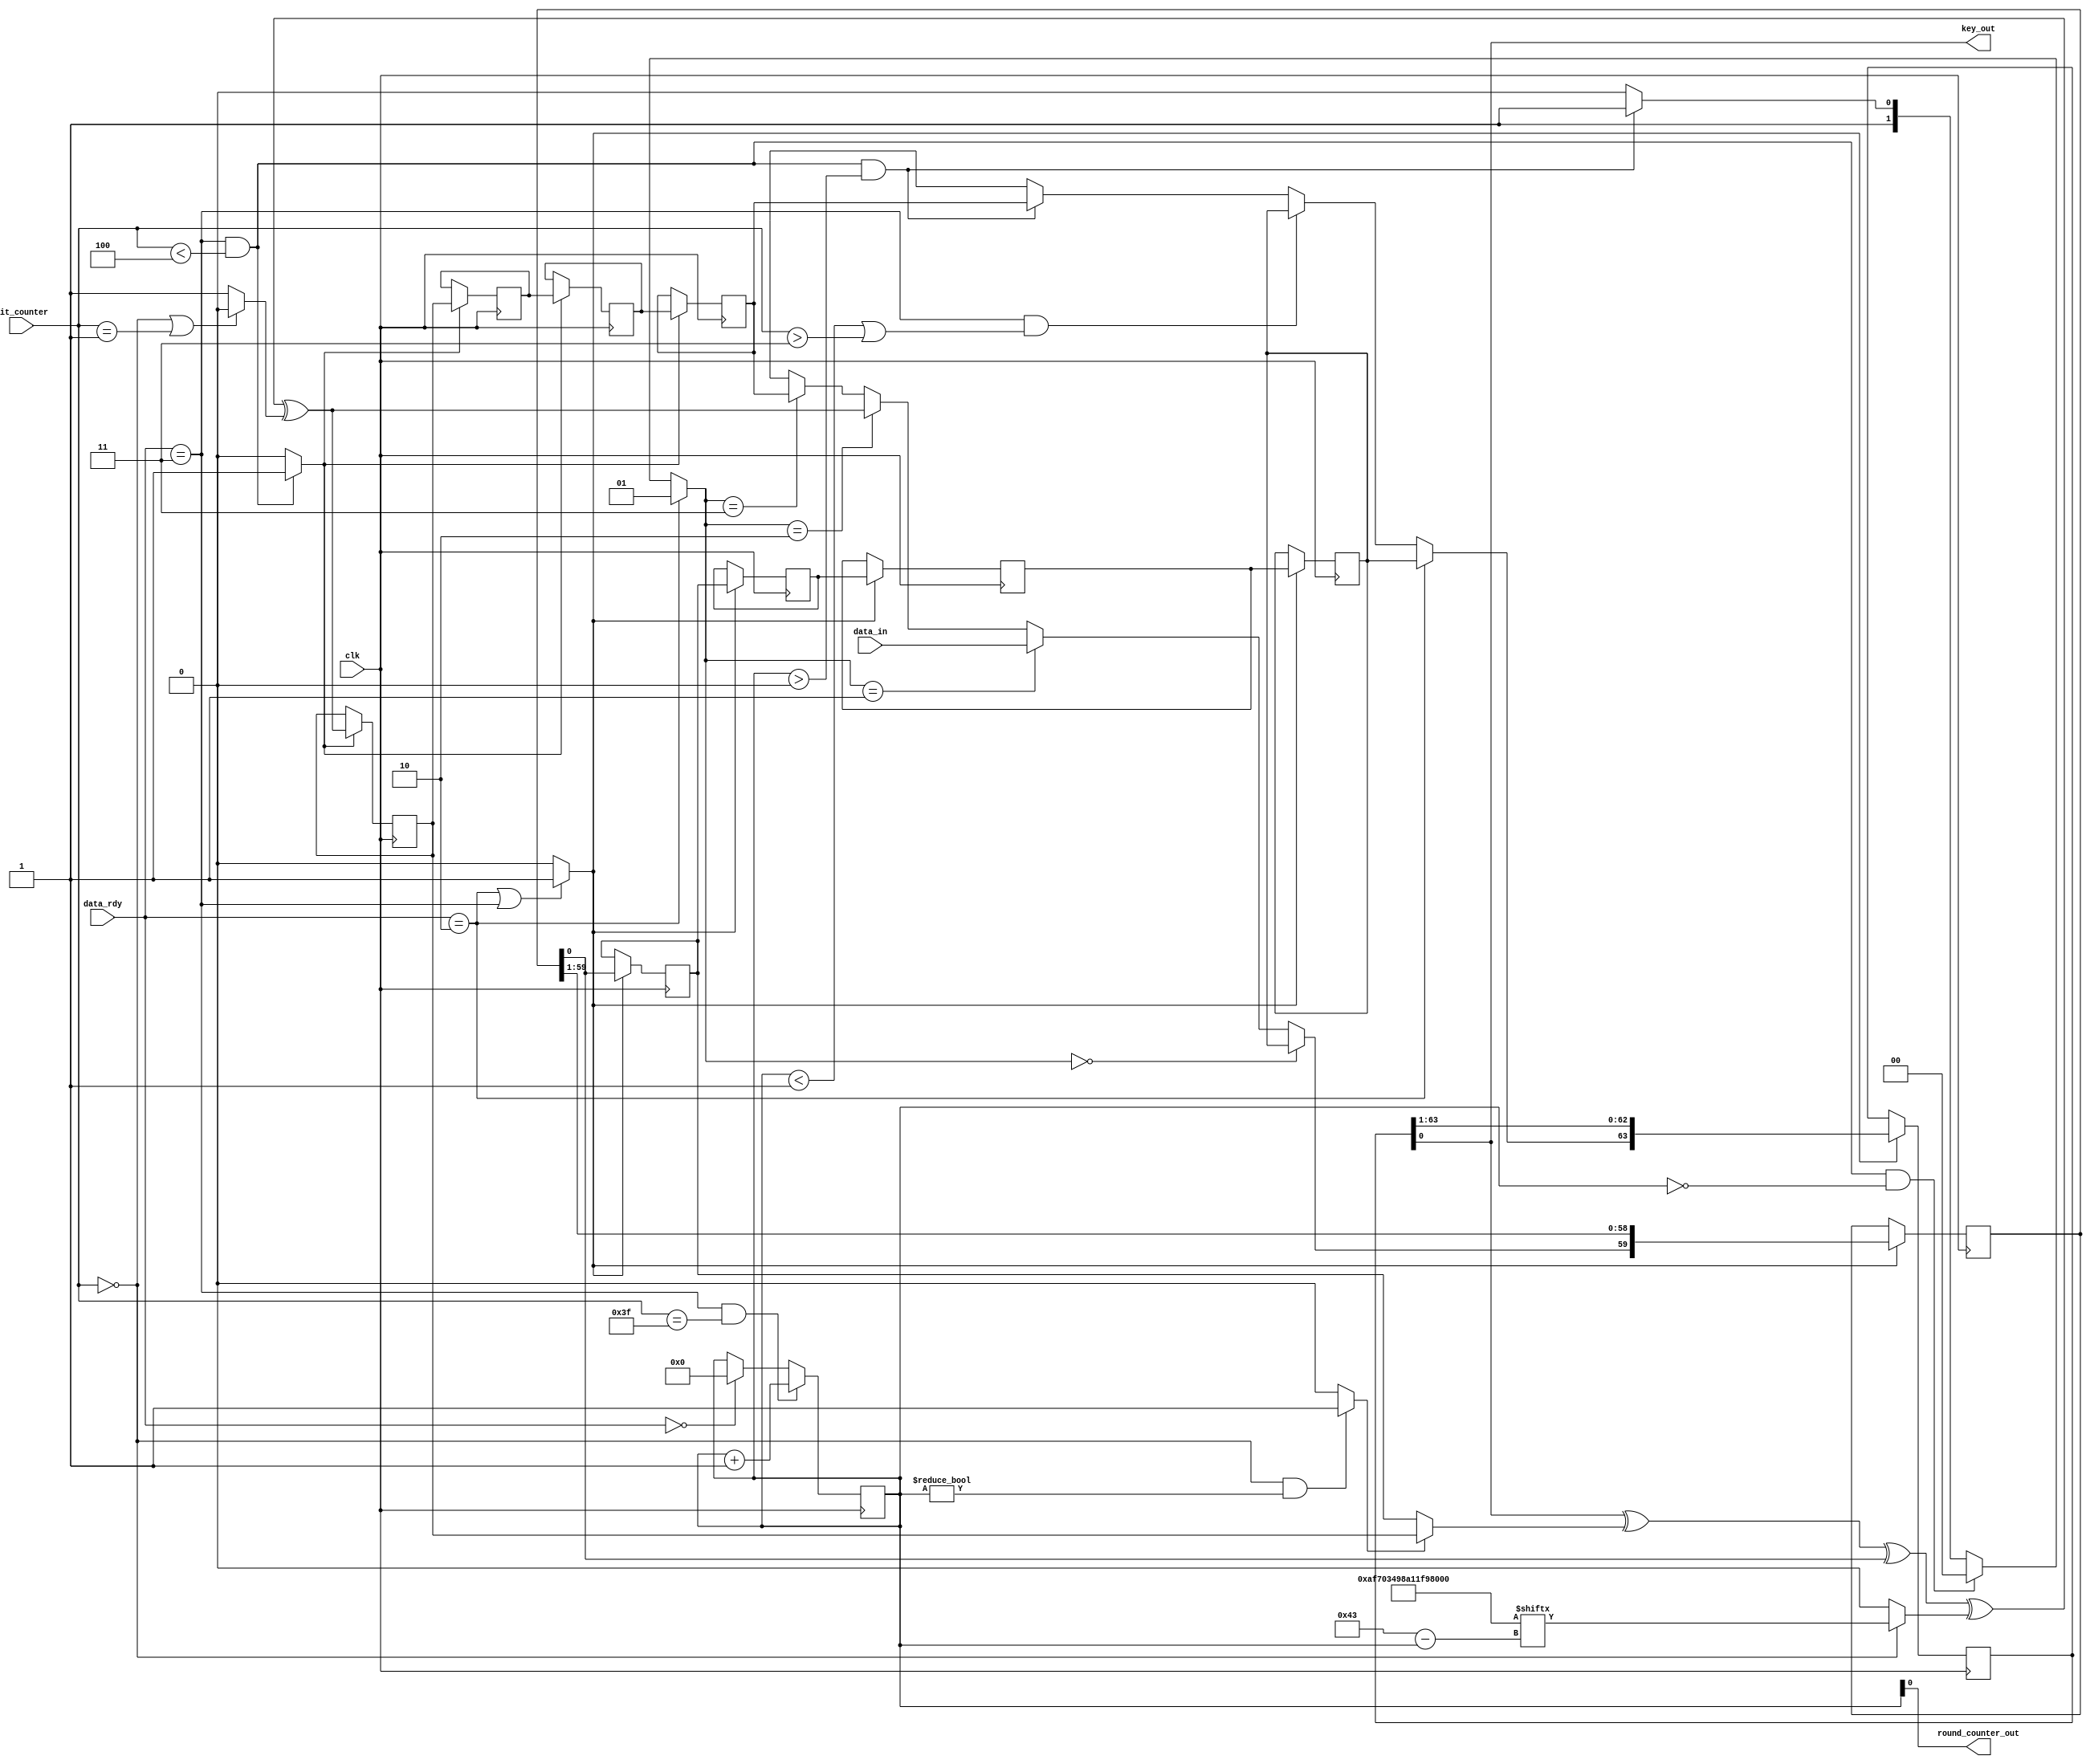
`timescale 1ns / 1ps
//////////////////////////////////////////////////////////////////////////////////
// Team: Virginia Tech Secure Embedded Systems (SES) Lab 
// Implementer: Ege Gulcan
// 
// Design Name: 
// Module Name:    simon_key_expansion_shiftreg 
// Project Name: 
// Target Devices: 
// Tool versions: 
// Description: 
//
// Dependencies: 
//
// Revision: 
// Revision 0.01 - File Created
// Additional Comments: 
//
//////////////////////////////////////////////////////////////////////////////////

module simon_key_expansion_shiftreg(clk,data_in,key_out,data_rdy,bit_counter,round_counter_out);

input clk;
input data_in;
input [1:0] data_rdy;
input [5:0] bit_counter;
output key_out;
output round_counter_out;


reg [59:0] shifter1;
reg [63:0] shifter2;
reg shift_in1,shift_in2;
wire shift_out1,shift_out2;
reg shifter_enable1,shifter_enable2;

reg lut_ff_enable,fifo_ff_enable;
wire lut_out;
reg lut_in3;
reg s2,s3;
reg [1:0] s1;
reg [6:0] round_counter;
reg z_value;

reg fifo_ff0,fifo_ff1,fifo_ff2,fifo_ff3;

//(* shreg_extract = "no" *)
reg lut_ff0,lut_ff1,lut_ff2,lut_ff3;
//Constant value Z ROM
reg [0:67] Z = 68'b10101111011100000011010010011000101000010001111110010110110011101011;
reg c;


/////////////////////////////////////////
//// BEGIN CODE ////////////////////////
///////////////////////////////////////

// Least bit of the round counter is sent to the datapath to check if it is even or odd
assign round_counter_out = round_counter[0];

// Shift Register1 FIFO 60x1 Begin
// 60x1 shift register storing the 60 most significant bits of the upper word of the key
always @(posedge clk)
begin
	if(shifter_enable1)
	begin
		shifter1 <= {shift_in1, shifter1[59:1]};
	end
end

assign shift_out1 = shifter1[0];
// Shift Register1 End

// Shift Register2 FIFO 64x1 Begin
// 64x1 shift register storing the lower word of the key
always @(posedge clk)
begin
	if(shifter_enable2)
	begin
		shifter2 <= {shift_in2, shifter2[63:1]};
	end
end

assign shift_out2 = shifter2[0];
// Shift Register2 End

// 4 flip-flops storing the least significant 4 bits of the upper word in the first round
always @(posedge clk)
begin
	if(fifo_ff_enable)
	begin
		fifo_ff3 <= shift_out1;
		fifo_ff2 <= fifo_ff3;
		fifo_ff1 <= fifo_ff2;
		fifo_ff0 <= fifo_ff1;
	end
end

// 4 flip-flops storing the least significant 4 bits of the upper word after the first round
always@(posedge clk)
begin
	if(lut_ff_enable)
	begin
		lut_ff3 <= lut_out;
		lut_ff2 <= lut_ff3;
		lut_ff1 <= lut_ff2;
		lut_ff0 <= lut_ff1;
	end
end

//FIFO 64x1 Input MUX
always@(*)
begin
	if(data_rdy==2)
		shift_in2 = fifo_ff0;
	else if(data_rdy==3 && (round_counter<1 || bit_counter>3))
		shift_in2 = fifo_ff0;
	else if(data_rdy==3 && bit_counter<4 && round_counter>0) 
		shift_in2 = lut_ff0; 
	else
		shift_in2 = 1'bx;
end

//LUT >>3 Input MUX
always@(*)
begin
	if(s2==0)
		lut_in3 = fifo_ff3;
	else
		lut_in3 = lut_ff3;
end

//FIFO 60x1 Input MUX
always@(*)
begin
	if(s1==0)
		shift_in1 = fifo_ff0;
	else if(s1==1)
		shift_in1 = data_in;
	else if(s1==2)
		shift_in1 = lut_out;
	else if(s1==3)
		shift_in1 = lut_ff0;
	else
		shift_in1 = 1'bx;
end

//S2 MUX
always@(*)
begin
	if(bit_counter==0 && round_counter!=0)
		s2 = 1;
	else
		s2 = 0;
end

//S1 MUX
always@(*)
begin
	if(data_rdy==2)
		s1 = 1;
	else if(data_rdy==3 && bit_counter<4 && round_counter==0)
		s1 = 0;
	else if(data_rdy==3 && bit_counter<4 && round_counter>0)
		s1 = 3;
	else
		s1 = 2;
end

// LUT FF ENABLE MUX
// LUT FFs are used only at the first four clock cycles of each round
always@(*)
begin
	if(data_rdy==3 && bit_counter<4)
		lut_ff_enable = 1;
	else
		lut_ff_enable = 0;
end

//FIFO FF ENABLE MUX
always@(*)
begin
	if(data_rdy==2 || data_rdy==3)
		fifo_ff_enable = 1;
	else
		fifo_ff_enable = 0;
end

//SHIFTER ENABLES
// Shifters are enabled when the key is loaded or block cipher is running
always@(*)
begin
	if(data_rdy==2 || data_rdy==3)
		shifter_enable1 = 1;
	else
		shifter_enable1 = 0;
	
	if(data_rdy==2 || data_rdy==3)
		shifter_enable2 = 1;
	else
		shifter_enable2 = 0;
		
end

//Round Counter
always@(posedge clk)
begin
	if(data_rdy==3 && bit_counter==63)
		round_counter <= round_counter + 1;
	else if(data_rdy==0)
		round_counter <= 0;
	else
		round_counter <= round_counter;
end

// The necessary bit of the constant Z is selected by the round counter
always @(*)
begin
	if(bit_counter==0)
		z_value = Z[round_counter];
	else
		z_value = 0;
end

// The value of c is 1 at the first two cycles of each round only
always @(*)
begin
	if(bit_counter==0 || bit_counter==1)
		c = 0;
	else 
		c = 1;
end

// New computed key bit
assign lut_out = shift_out2 ^ lut_in3 ^ shift_out1 ^ z_value ^ c;

// Output key bit that is connected to the datapath	
assign key_out = shift_out2;
	
endmodule